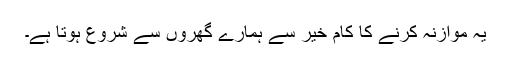
یہ موازنہ کرنے کا کام خیر سے ہمارے گھروں سے شروع ہوتا ہے۔